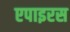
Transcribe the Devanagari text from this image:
एपाइरस